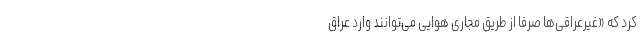
کرد که «غیرعراقی‌ها صرفاً از طریق مجاری هوایی می‌توانند وارد عراق